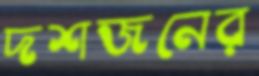
দশজনের